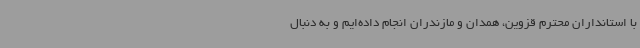
با استانداران محترم قزوین، همدان و مازندران انجام داده‌ایم و به دنبال